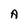
Character: A